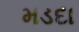
મડદા